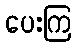
ပေးကြ